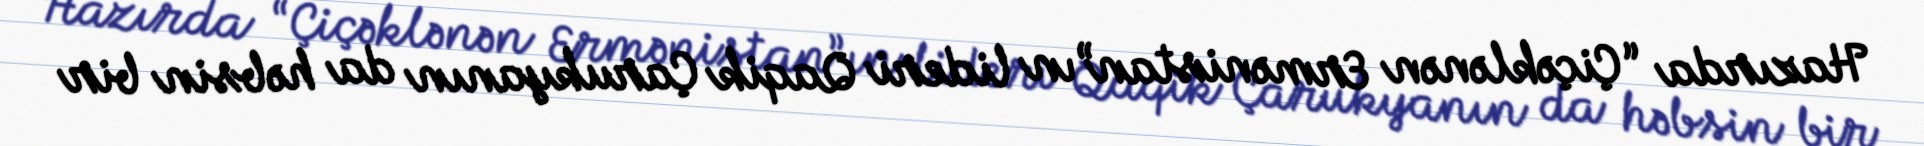
Hazırda “Çiçəklənən Ermənistan”ın lideri Qaqik Çarukyanın da həbsin bir